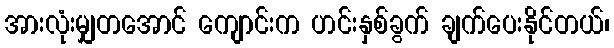
အားလုံးမျှတအောင် ကျောင်းက ဟင်းနှစ်ခွက် ချက်ပေးနိုင်တယ်၊